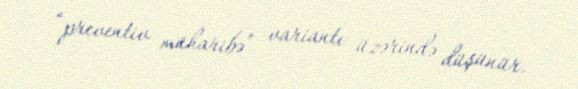
“preventiv müharibə” variantı üzərində düşünür.